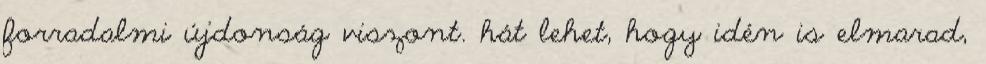
forradalmi újdonság viszont. hát lehet, hogy idén is elmarad,